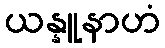
ယန္နူနာဟံ